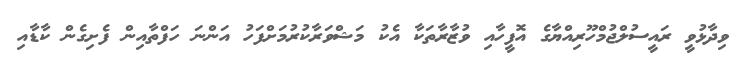
ވިދާޅުވީ ރައީސުލްޖުމްހޫރިއްޔާގެ އޮފީހާއި ވުޒާރާތަކާ އެކު މަޝްވަރާކުރުމަށްފަހު އަންނަ ހަފްތާއިން ފެށިގެން ކާޑާއި